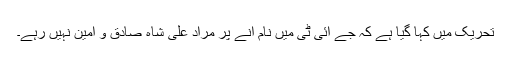
تحریک میں کہا گیا ہے کہ جے آئی ٹی میں نام آنے پر مراد علی شاہ صادق و امین نہیں رہے۔